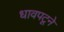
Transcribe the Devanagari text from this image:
धावपटूने